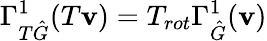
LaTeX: \Gamma_{T\hat{G}}^{1}(T\mathbf{v})=T_{rot}\Gamma_{\hat{G}}^{1}(\mathbf{v})